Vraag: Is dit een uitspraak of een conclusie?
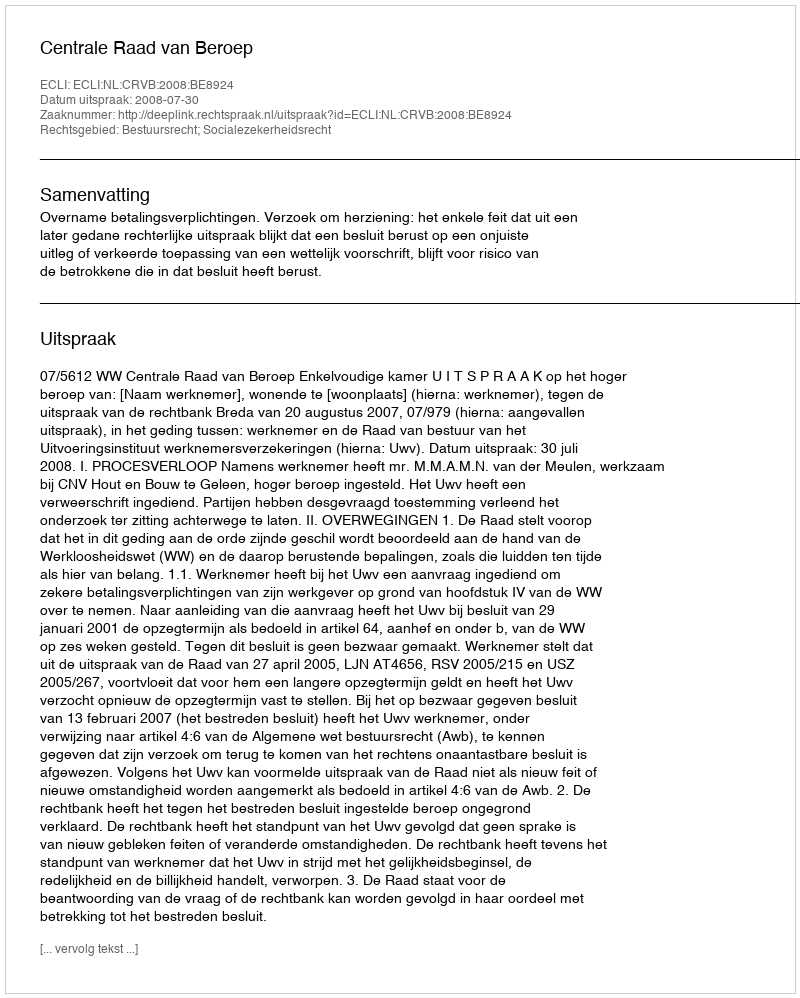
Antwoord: Uitspraak